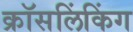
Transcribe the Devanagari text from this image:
क्रॉसलिंकिंग